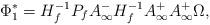
LaTeX: \begin{align*}\Phi_1^* = H_f^{-1} P_f A_{\infty}^- H_f^{-1} A_{\infty}^+A_{\infty}^+ \Omega, \end{align*}